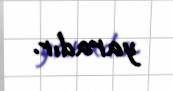
yaradır.